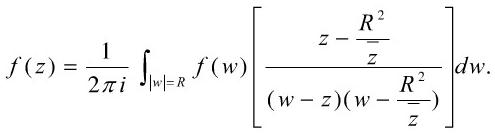
\[
f(z)=\frac{1}{2 \pi i} \int_{|w|=R} f(w)\left[\frac{z-\frac{R^{2}}{\bar{z}}}{(w-z)\left(w-\frac{R^{2}}{\bar{z}}\right)}\right] d w.
\]